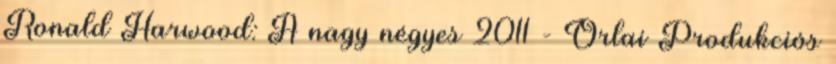
Ronald Harwood: A nagy négyes 2011 - Orlai Produkciós